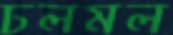
ঢলমল